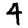
Digit: 4